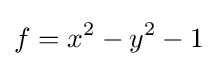
f=x^{2}-y^{2}-1